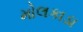
મોલકાડા